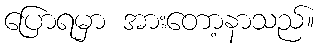
ပြောရမှာ အားတော့နာသည်။